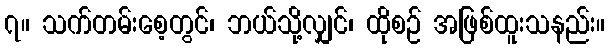
၇။ သက်တမ်းစေ့တွင်၊ ဘယ်သို့လျှင်၊ ထိုစဉ် အဖြစ်ထူးသနည်း။